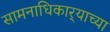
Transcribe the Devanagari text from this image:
सामनाधिकार्‍याच्या